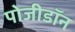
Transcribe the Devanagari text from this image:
पोजीडॉन